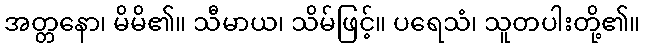
အတ္တနော၊ မိမိ၏။ သီမာယ၊ သိမ်ဖြင့်။ ပရေသံ၊ သူတပါးတို့၏။